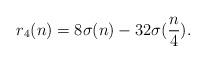
LaTeX: \begin{align*}r_{4}(n) = 8\sigma(n) - 32\sigma(\frac{n}{4}). \end{align*}